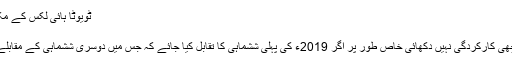
ٹویوٹا ہائی لکس کے مکمل اعداد و شمار پر ایک نظر ڈالیں:
ٹویوٹا فورچیونر:
ٹویوٹا فورچیونر نے بھی اس سال اچھی کارکردگی نہیں دکھائی خاص طور پر اگر 2019ء کی پہلی ششماہی کا تقابل کیا جائے کہ جس میں دوسری ششماہی کے مقابلے میں کہیں کم یونٹس فروخت ہوئے۔